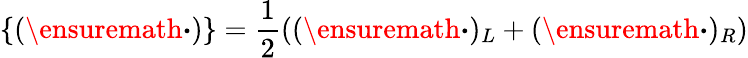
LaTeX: \{ (\ensuremath{\boldsymbol{\cdot}})\} =\frac{1}{2}((\ensuremath{\boldsymbol{\cdot}})_{L}+(\ensuremath{\boldsymbol{\cdot}})_{R})